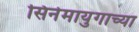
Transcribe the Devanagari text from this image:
सिनेमायुगाच्या